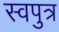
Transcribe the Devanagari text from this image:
स्वपुत्र